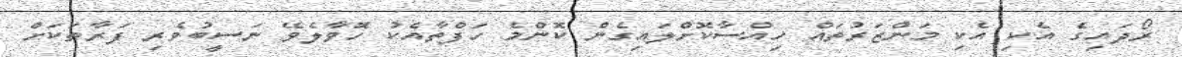
ރޯދައިގެ އެކި އެކި މަންޒަރުތައް ހިއްސާކޮށްލައިގެން ކޮންމެ ހަފްތާއެކު ހޮވާލެވޭ ނަސީބުވެރި ފަރާތަކަށް